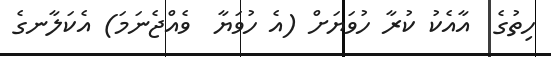
ހިތުގެ  އާއެކު ކުރާ ހުވަޔަށް (އެ ހުވަޔާ  ވެއްޖެނަމަ) އެކަލާނގެ